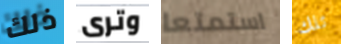
ذلك وترى استمتعا تلك